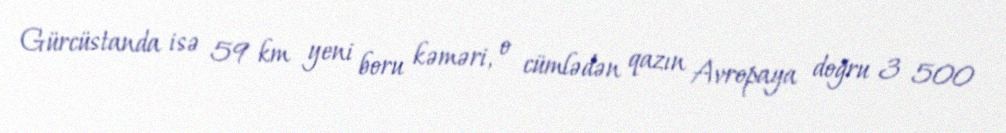
Gürcüstanda isə 59 km yeni boru kəməri, o cümlədən qazın Avropaya doğru 3 500